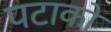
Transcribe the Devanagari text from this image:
पटाकों